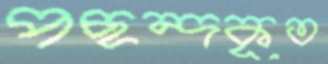
পছন্দকৃত